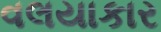
વલયાકાર